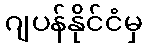
ဂျပန်နိုင်ငံမှ